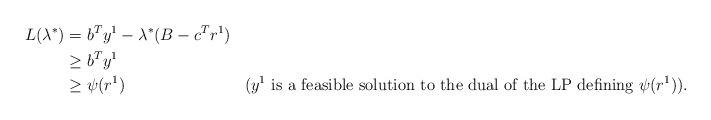
LaTeX: \begin{align*}L(\lambda^*) &= b^T y^1 - \lambda^*(B - c^T r^1) && \\ &\geq b^T y^1 && \\ &\geq \psi(r^1) && \text{($y^1$ is a feasible solution to the dual of the LP defining $\psi(r^1)$)}.\end{align*}